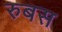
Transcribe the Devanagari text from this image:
रुबस